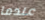
عندما